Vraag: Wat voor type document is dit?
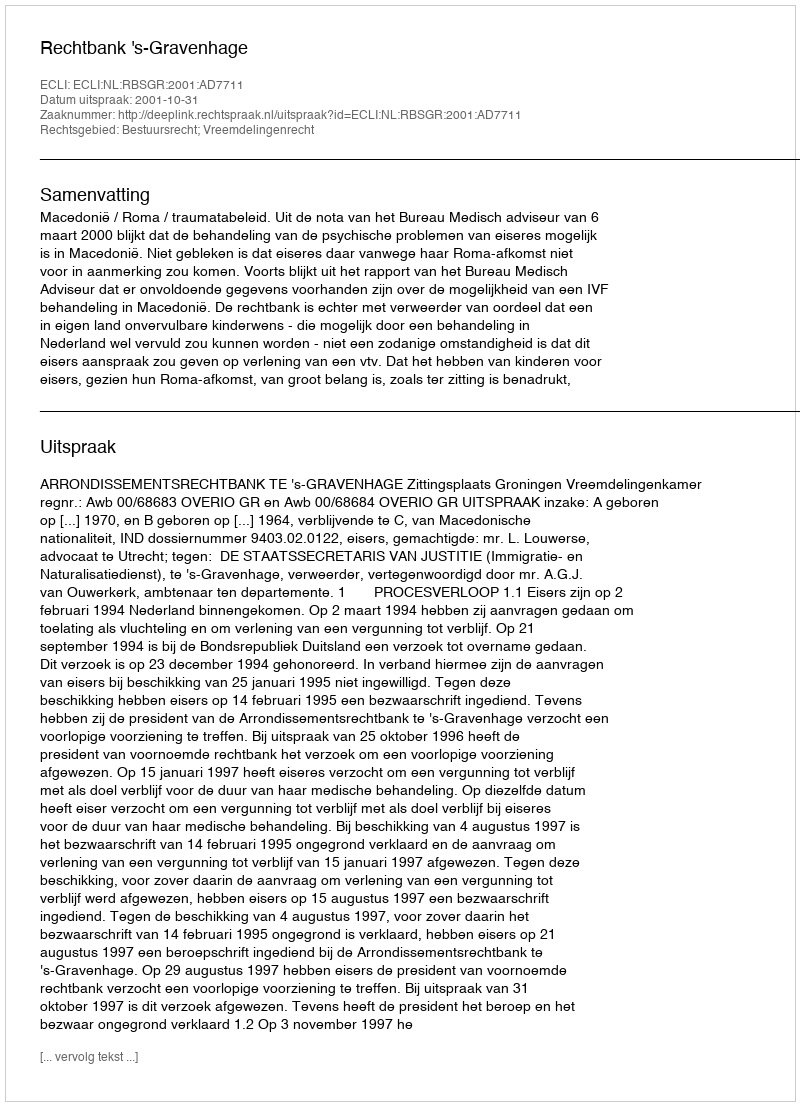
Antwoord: Uitspraak